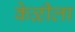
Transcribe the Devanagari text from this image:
केळीला